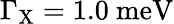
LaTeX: \Gamma_{\mathrm{{X}}}=1.0~\mathrm{{meV}}